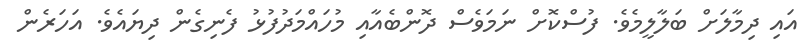
އައި ދިމާލަށް ބަލާލީމެވެ. ފުސްކޮށް ނަމަވެސް ދޮންބެއާއި މުހައްމަދުފުޅު ފެނިގެން ދިޔައެވެ. އަހަރެން